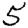
Digit: 5